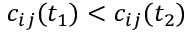
c _ { i j } ( t _ { 1 } ) < c _ { i j } ( t _ { 2 } )